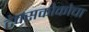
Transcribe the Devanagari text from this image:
टेक्सकोकोचा